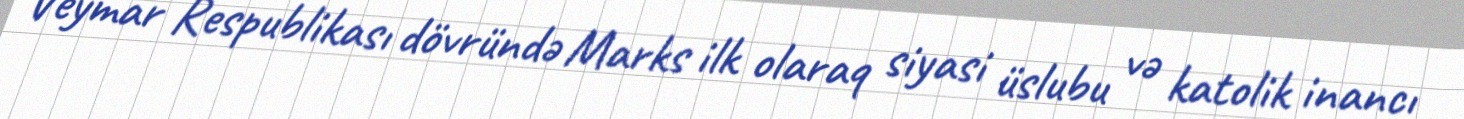
Veymar Respublikası dövründə Marks ilk olaraq siyasi üslubu və katolik inancı